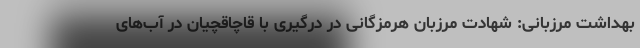
بهداشت مرزبانی: شهادت مرزبان هرمزگانی در درگیری با قاچاقچیان در آب‌های